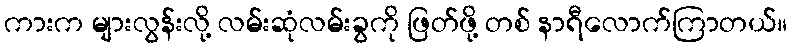
ကားက များလွန်းလို့ လမ်းဆုံလမ်းခွကို ဖြတ်ဖို့ တစ် နာရီလောက်ကြာတယ်။